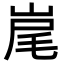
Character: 𡷱